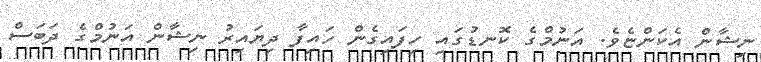
ނިޝާން އެކަންޏެވެ. އަނުމްގެ ކޮނޑުގައި ހިފައިގެން ހައިފާ ދިޔައިރު ނިޝާން އަނުމްގެ ދަބަސް